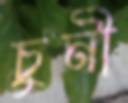
চুনী